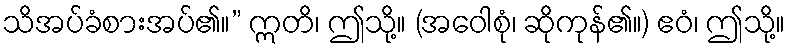
သိအပ်ခံစားအပ်၏။” ဣတိ၊ ဤသို့။ (အဝေါစုံ၊ ဆိုကုန်၏။) ဧဝံ၊ ဤသို့။